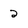
Character: 2